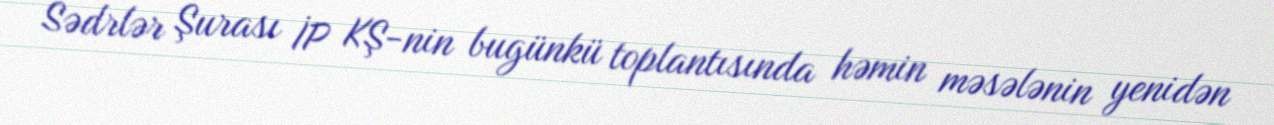
Sədrlər Şurası İP KŞ-nin bugünkü toplantısında həmin məsələnin yenidən